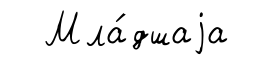
Мла́дшаjа